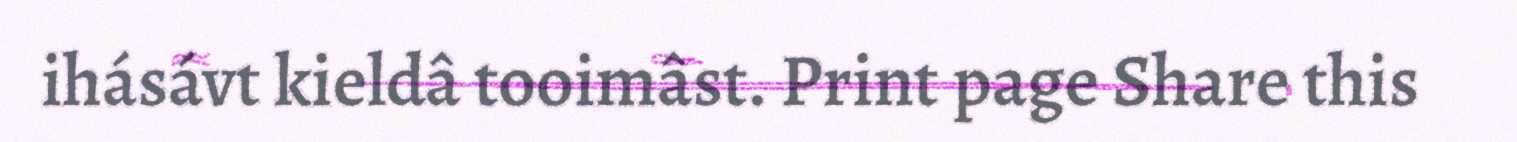
ihásávt kieldâ tooimâst. Print page Share this